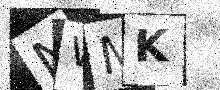
Text: NWMK